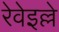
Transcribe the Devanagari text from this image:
रेवेइल्ले